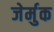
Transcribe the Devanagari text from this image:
जेर्मुक